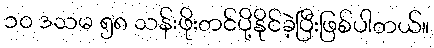
၁၀ ဒသမ ၅၈ သန်းဖိုးတင်ပို့နိုင်ခဲ့ပြီးဖြစ်ပါတယ်။